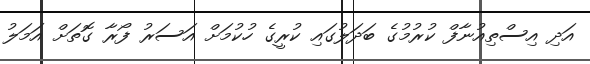
އަދި އިސްތިއުނާފް ކުރުމުގެ ބަދަލުގައި ކުރީގެ ހުކުމަށް އަސަރު ފޯރާ ގޮތަށް އަމަލު